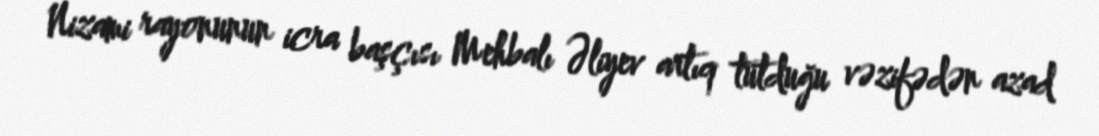
Nizami rayonunun icra başçısı Mehbalı Əliyev artıq tutduğu vəzifədən azad